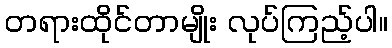
တရားထိုင်တာမျိုး လုပ်ကြည့်ပါ။